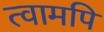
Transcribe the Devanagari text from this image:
त्वामपि